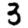
Digit: 3